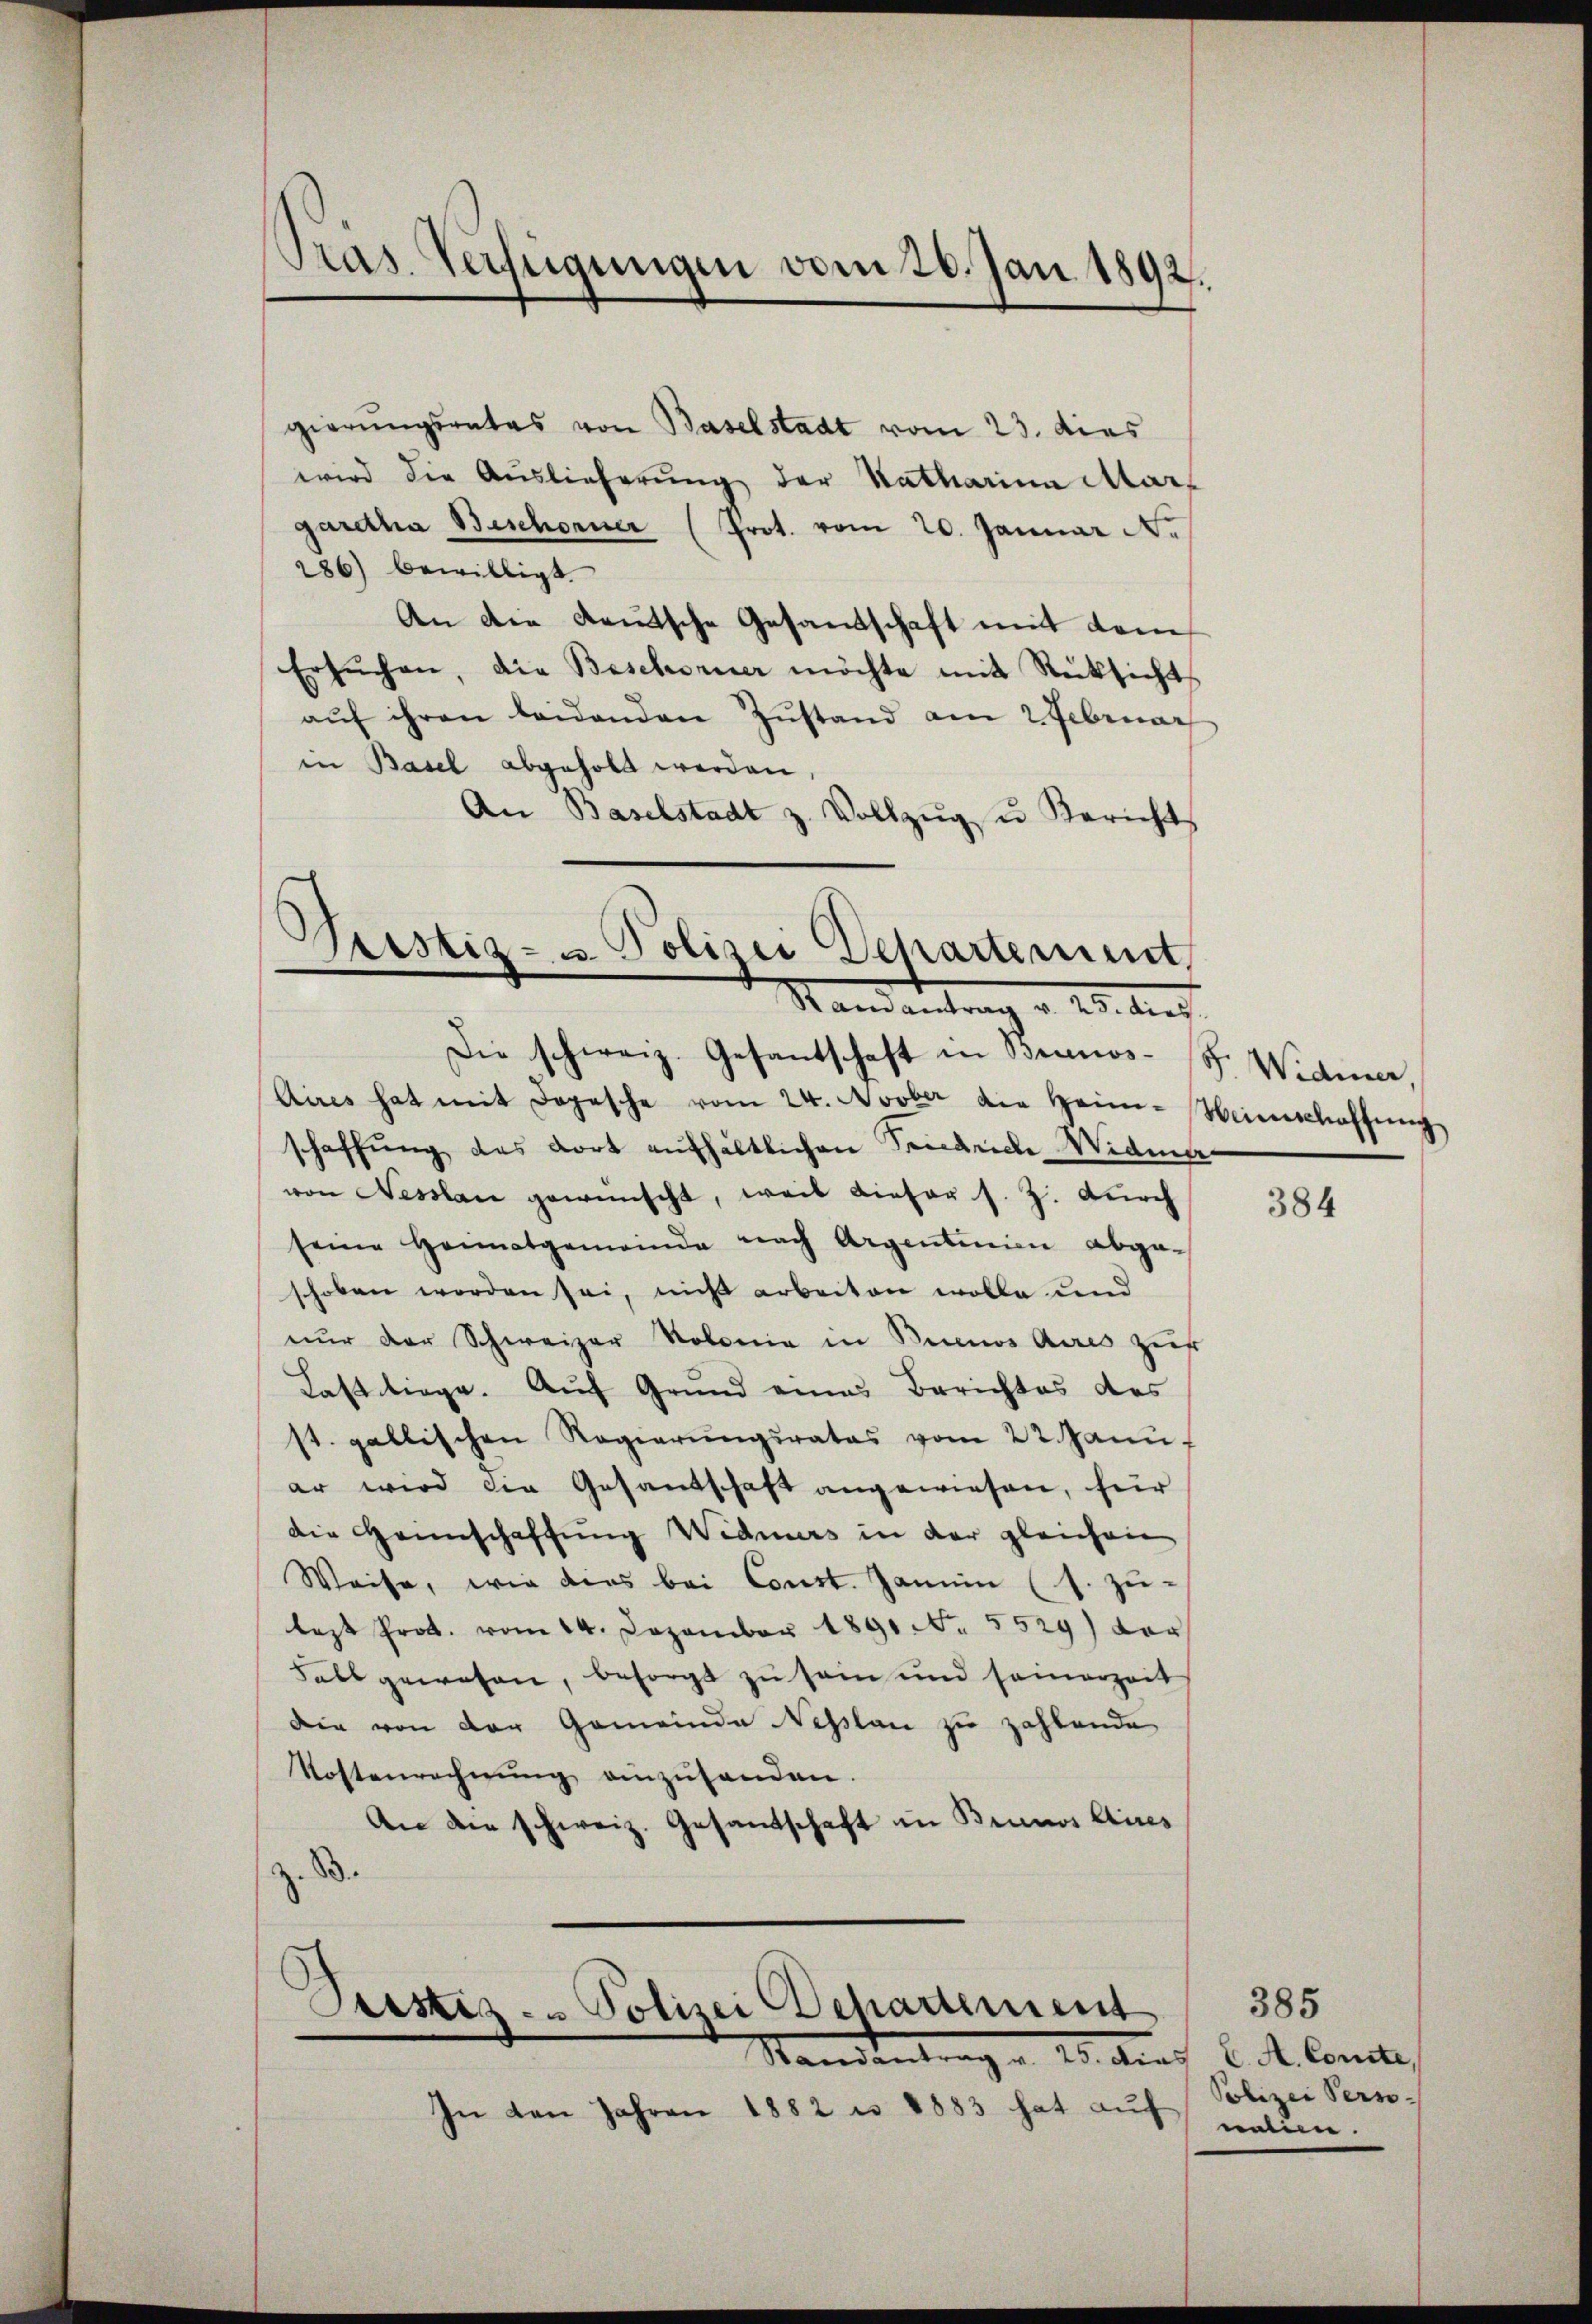
Pras. Verfügungen vom 26. Jan 1892.

gierungsrates von Baselstadt vom 23. dies
wird die Auslieferung der Katharina Mar
garetha Beschorner (Prot. vom 20. Januar N.
286) bewilligt.
An die deutsche Gesandtschaft mit dem
Ersuchen, die Beschorner möchte mit Rücksichts
aŭf ihren beidenden Zŭstand am 2 Februar
in Basel abgeholt werden.
An Baselstadt z. Vollzŭg u Bericht
)
Sistiz- u. Polizei Departement,
Standentrag v. 125. dies

Die schweiz. Gesandtschaft in Brunos- P. Widmer,

Aires hat mit Depesche vom 24. Novber die Heim-Weinschaffŭng
schaffung des dort aufhältlichen Sendeiche Widme
von Nesslau gewünscht, weil dieser s. Z. durch
seine Heimatgemeinde nach Argentinien abge-
schoben worden sei, nicht arbeiten wolle und
nur der Schweizer Kolonia in Buenos Aires zur
Last liege. Auf Grund eines Berichtes des
st. gallischen Regierŭngsrates vom 22. Janu
er wird die Gesandschaft angewiesen, für
die Heinschaffung Widmurs in der gleichen
Weise, wie dies bei Const. Janein (1. zu-
last Prot. vom 14. Dezember 1891 Nr. 5529) vor
Fall gewesen, besorgt zu sein und seinerzeit
die von der Gemeinde Nesslau zu zahlende
Kostenrechnŭng einzŭsenden.
An der schweiz. Gesandschaft in Brunos Aires
d
Pristiz- & Polizei Departement
Randantrag v. 25. dies C. A. Comte,

In den Jahren 1882 u. 1883 hat auf

384

385
Polizei Pern-
neien.